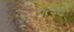
ફટકારવાથી